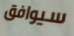
سيوافق